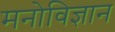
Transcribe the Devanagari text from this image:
मनोविज्ञान